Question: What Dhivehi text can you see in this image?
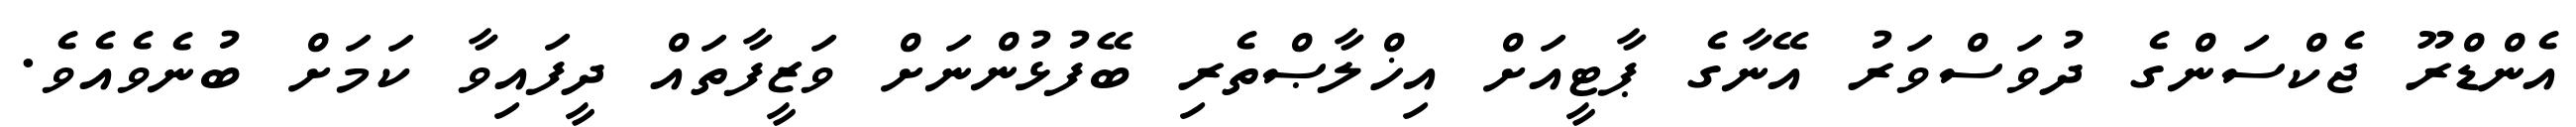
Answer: އެންޑްރޫ ޖެކްސަންގެ ދުވަސްވަރު އޭނާގެ ޕާޓީއަށް އިޚްލާޞްތެރި ބޭފުޅުންނަށް ވަޒީފާތައް ދީފައިވާ ކަމަށް ބުނެވެއެވެ.